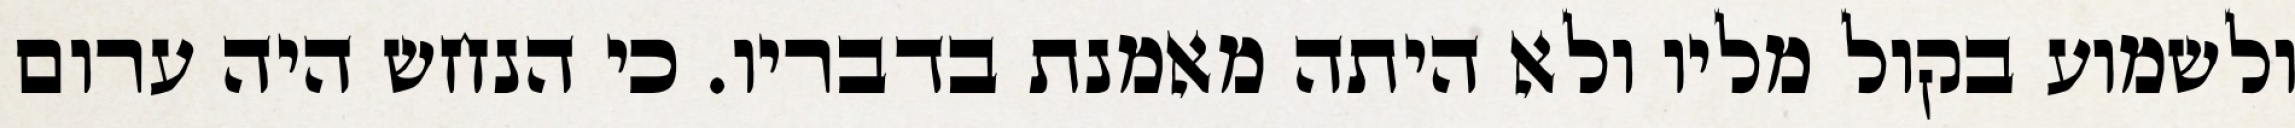
ולשמוע בקול מליו ולא היתה מאמנת בדבריו. כי הנחש היה ערום